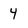
Character: 4